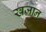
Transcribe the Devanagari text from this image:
खज़ान